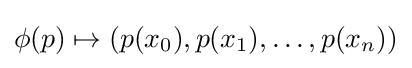
\phi (p)\mapsto (p(x_{0}),p(x_{1}),\ldots ,p(x_{n}))